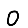
Digit: 0